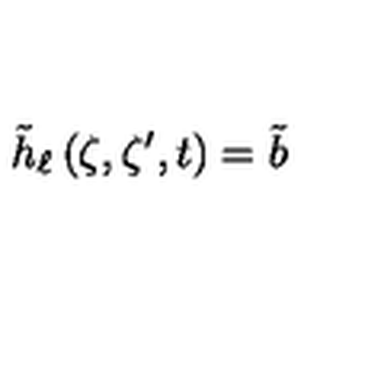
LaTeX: \tilde { h } _ { \ell } \left( \zeta , \zeta ^ { \prime } , t \right) = \tilde { b }